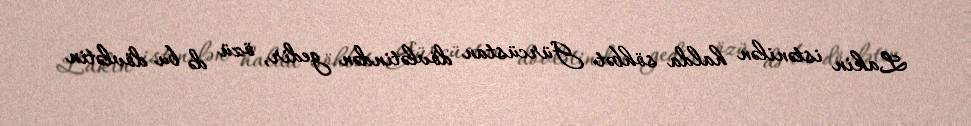
Lakin istənilən halda söhbət Gürcüstan dövlətindən gedir, özü də bu dövlətin